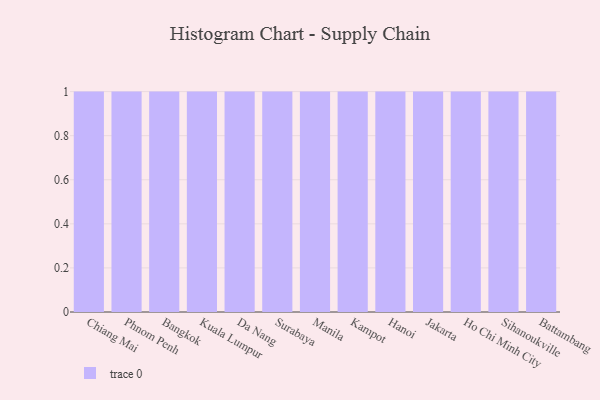
{"axis": {"x": "City", "y": "Waste Production (Tons)"}, "legend": [""], "data": [{"x": "Chiang Mai", "y": 43, "type": ""}, {"x": "Phnom Penh", "y": 98, "type": ""}, {"x": "Bangkok", "y": 41, "type": ""}, {"x": "Kuala Lumpur", "y": 68, "type": ""}, {"x": "Da Nang", "y": 80, "type": ""}, {"x": "Surabaya", "y": 10, "type": ""}, {"x": "Manila", "y": 97, "type": ""}, {"x": "Kampot", "y": 57, "type": ""}, {"x": "Hanoi", "y": 67, "type": ""}, {"x": "Jakarta", "y": 66, "type": ""}, {"x": "Ho Chi Minh City", "y": 98, "type": ""}, {"x": "Sihanoukville", "y": 46, "type": ""}, {"x": "Battambang", "y": 95, "type": ""}]}